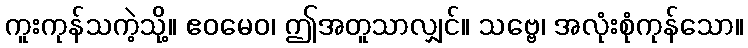
ကူးကုန်သကဲ့သို့။ ဧဝမေဝ၊ ဤအတူသာလျှင်။ သဗ္ဗေ၊ အလုံးစုံကုန်သော။